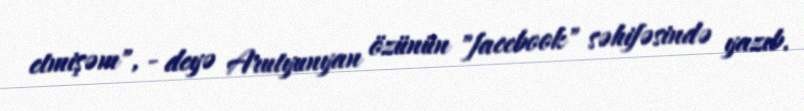
etmişəm", - deyə Arutyunyan özünün "facebook" səhifəsində yazıb.